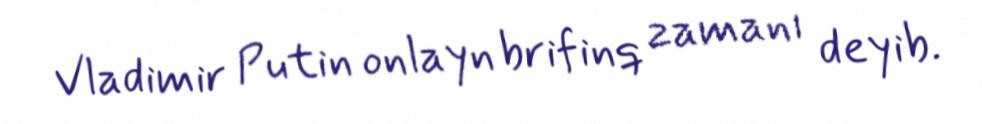
Vladimir Putin onlayn brifinq zamanı deyib.